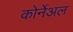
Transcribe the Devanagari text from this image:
कोर्नेअल